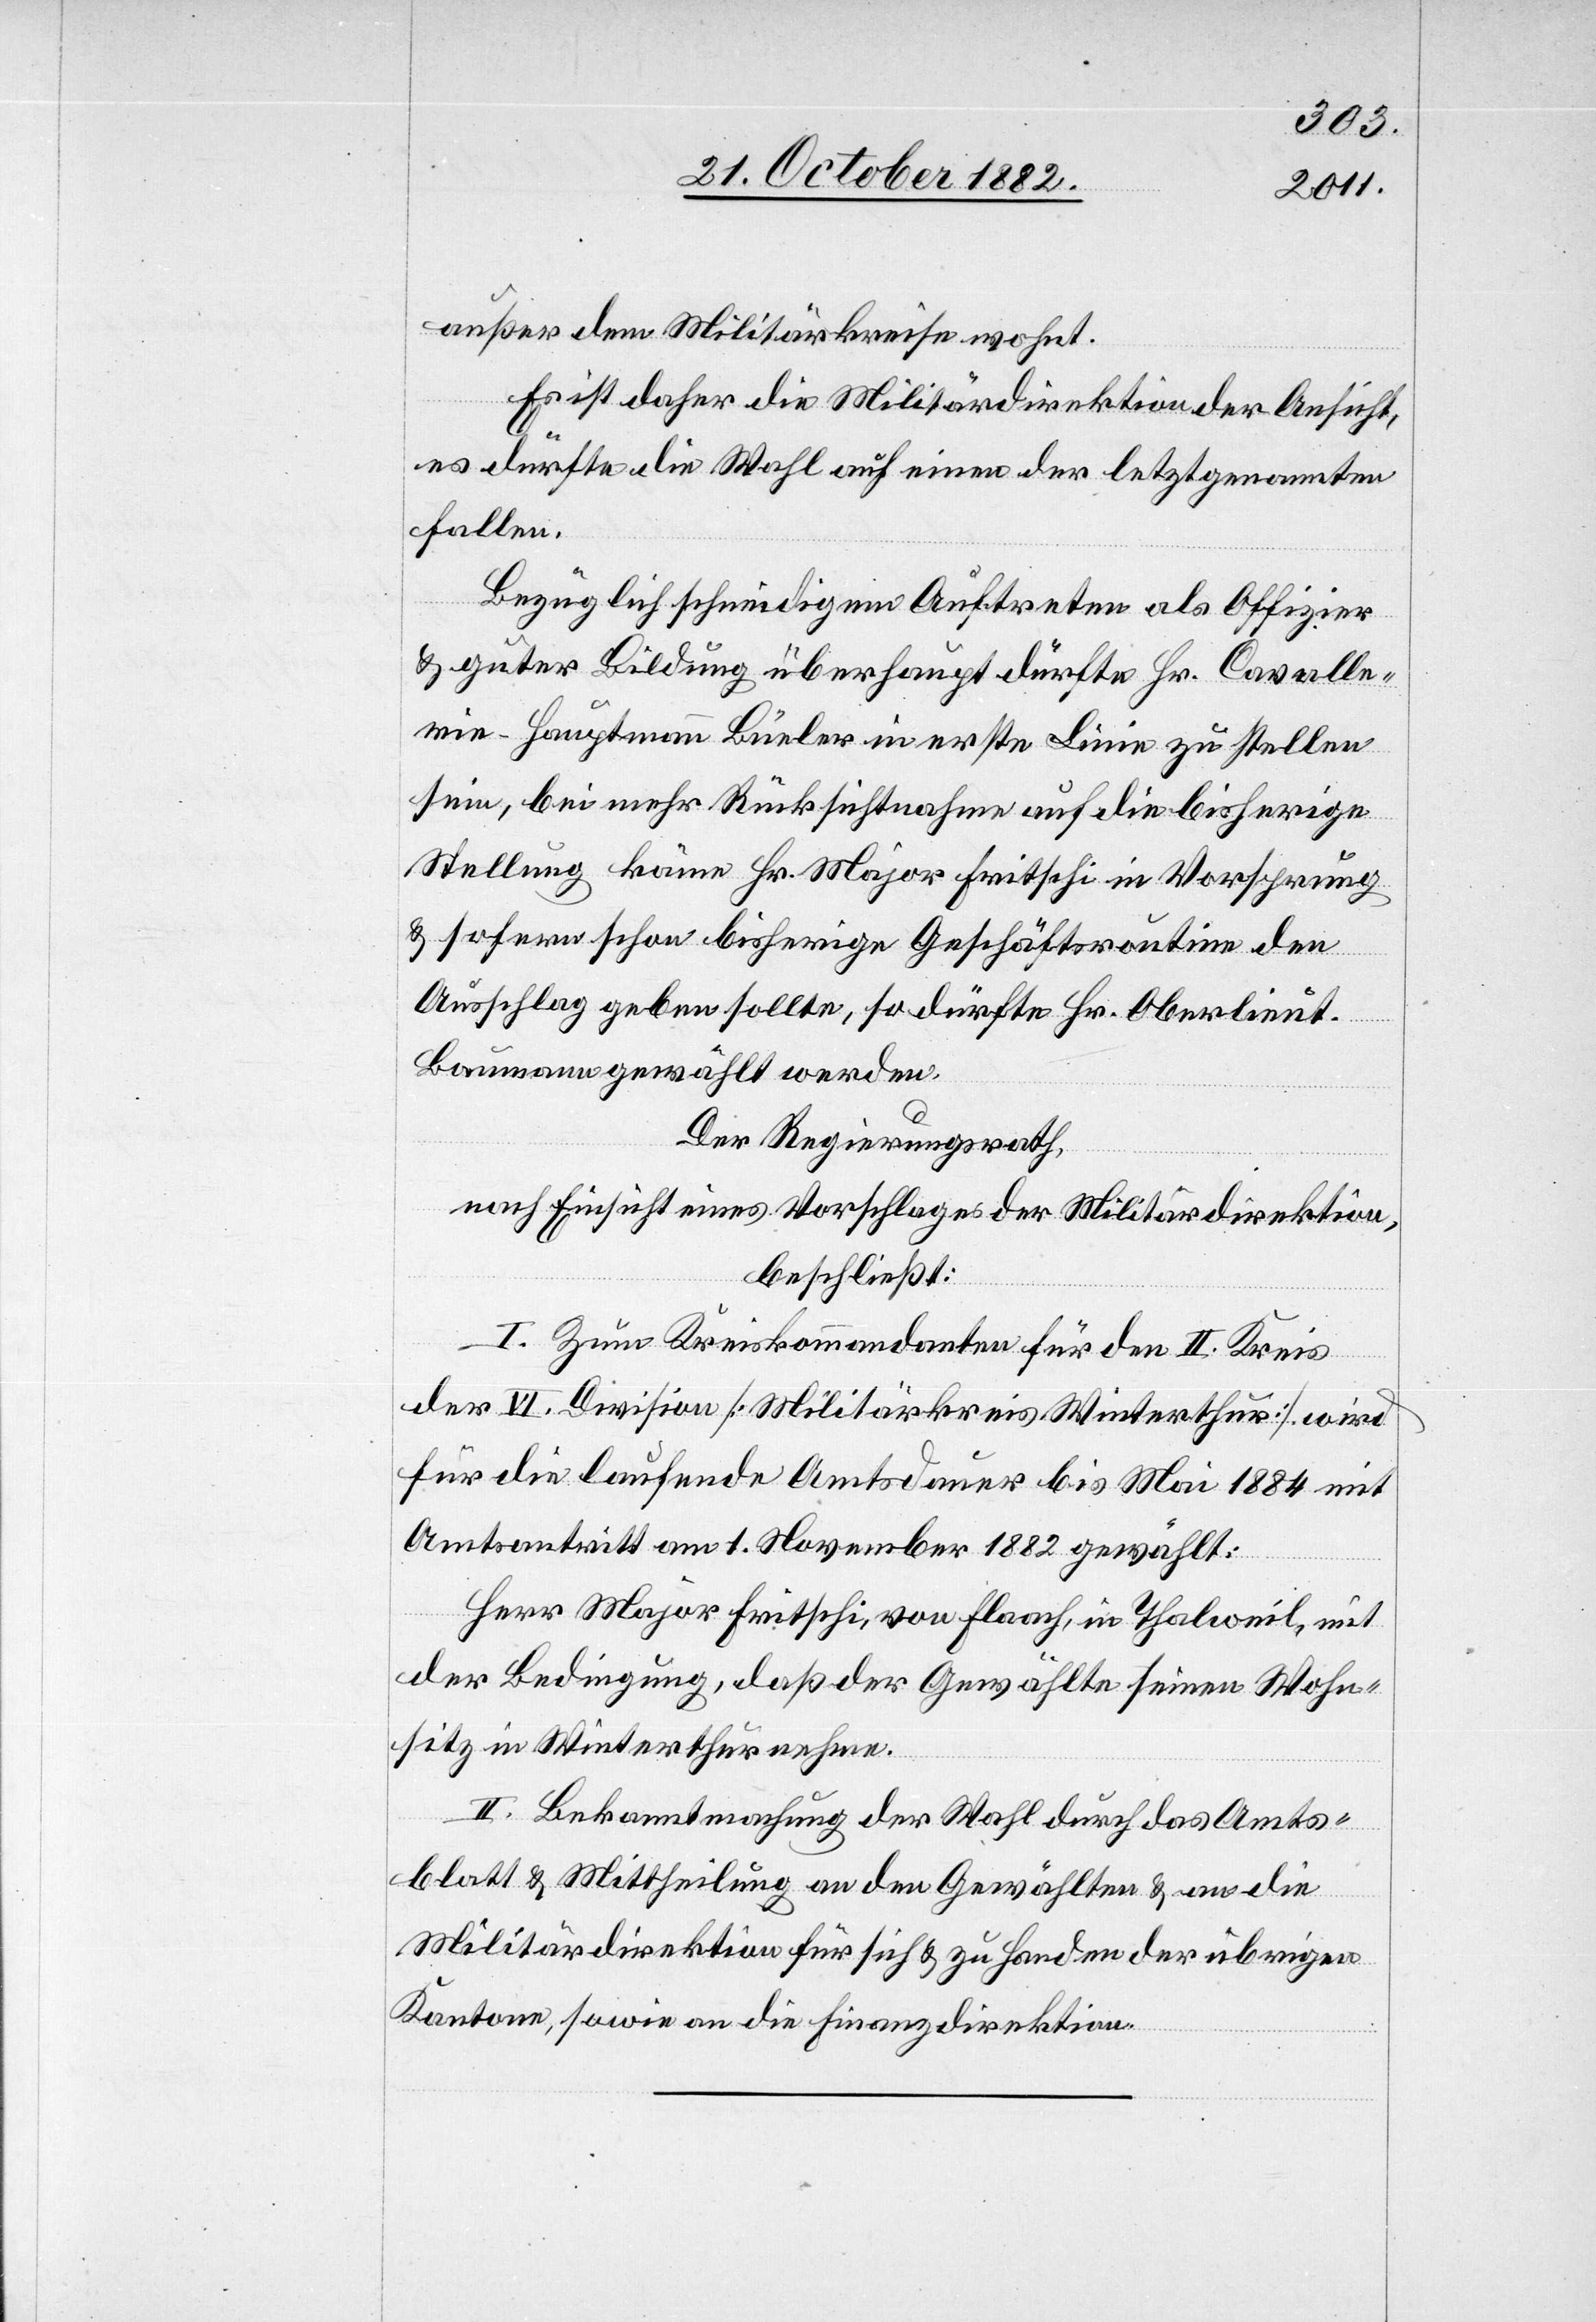
außer dem Militärkreise wohnt.
Es ist daher die Militärdirektion der Ansicht,
es dürfte die Wahl auf einen der letztgenannten
fallen.
Bezüglich schneidigem Auftreten als Offizier
& guter Bildung überhaupt dürfte Hr. Cavalle¬
rie-Hauptmann Büeler in erste Linie zu stellen
sein, bei mehr Rücksichtnahme auf die bisherige
Stellung käme Hr. Major Fritschi in Vorsprung
& sofern schon bisherige Geschäftsroutine den
Ausschlag geben sollte, so dürfte Hr. Oberlieut.
Baumann gewählt werden.
Der Regierungsrath,
nach Einsicht eines Antrages der Militärdirektion,
beschließt:
I. Zum Kreiskommandanten für den II. Kreis
der VI. Division [Militärkreis Winterthur] wird
für die laufende Amtsdauer bis Mai 1884 mit
Amtsantritt am 1. November 1882 gewählt:
Herr Major Fritschi, von Flaach, in Thalweil, mit
der Bedingung, daß der Gewählte seinen Wohn¬
sitz in Winterthur nehme.
II. Bekanntmachung der Wahl durch das Amts¬
blatt & Mittheilung an den Gewählten & an die
Militärdirektion für sich & zu Handen der übrigen
Kantone, sowie an die Finanzdirektion.